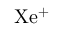
\mathrm { X e ^ { + } }